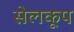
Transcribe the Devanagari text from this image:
सेलकूप